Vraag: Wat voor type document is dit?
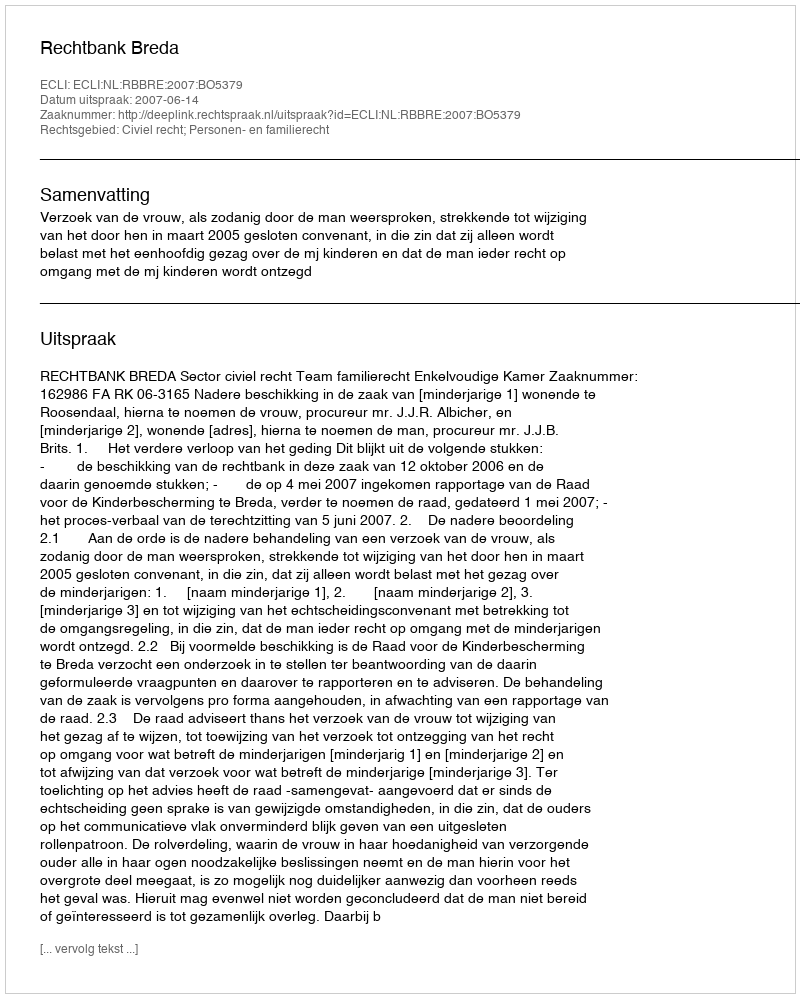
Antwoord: Uitspraak